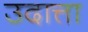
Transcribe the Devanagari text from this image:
उदात्ता